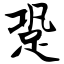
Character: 跫